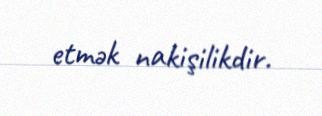
etmək nakişilikdir.